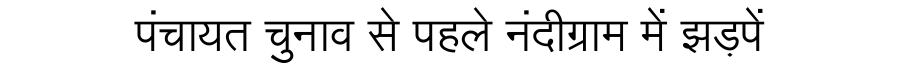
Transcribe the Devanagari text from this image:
पंचायत चुनाव से पहले नंदीग्राम में झड़पें